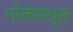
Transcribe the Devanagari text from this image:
गीतेमधून